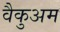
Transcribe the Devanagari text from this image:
वैकुअम